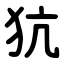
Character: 犺